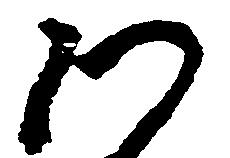
つ